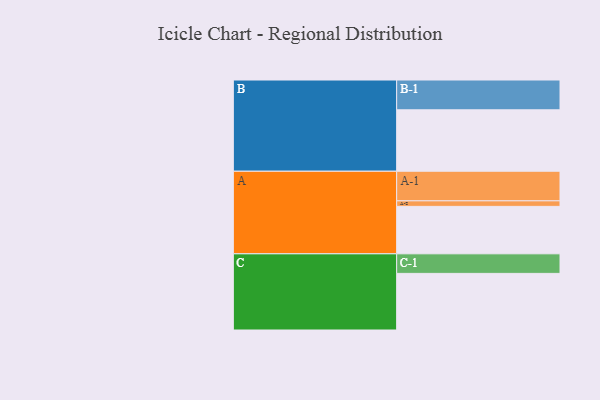
{"axis": {"x": "Segment", "y": "Value"}, "legend": ["", "A", "B", "C"], "data": [{"x": "A", "y": 444, "type": ""}, {"x": "B", "y": 575, "type": ""}, {"x": "C", "y": 530, "type": ""}, {"x": "A-1", "y": 277, "type": "A"}, {"x": "A-2", "y": 52, "type": "A"}, {"x": "B-1", "y": 279, "type": "B"}, {"x": "C-1", "y": 183, "type": "C"}]}